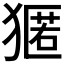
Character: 𭸢